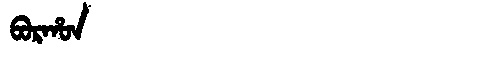
Manchu: ᠪᠣᡵᡥᠣᠨ
Romanization: BORHON